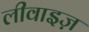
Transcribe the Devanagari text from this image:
लीवाइज़